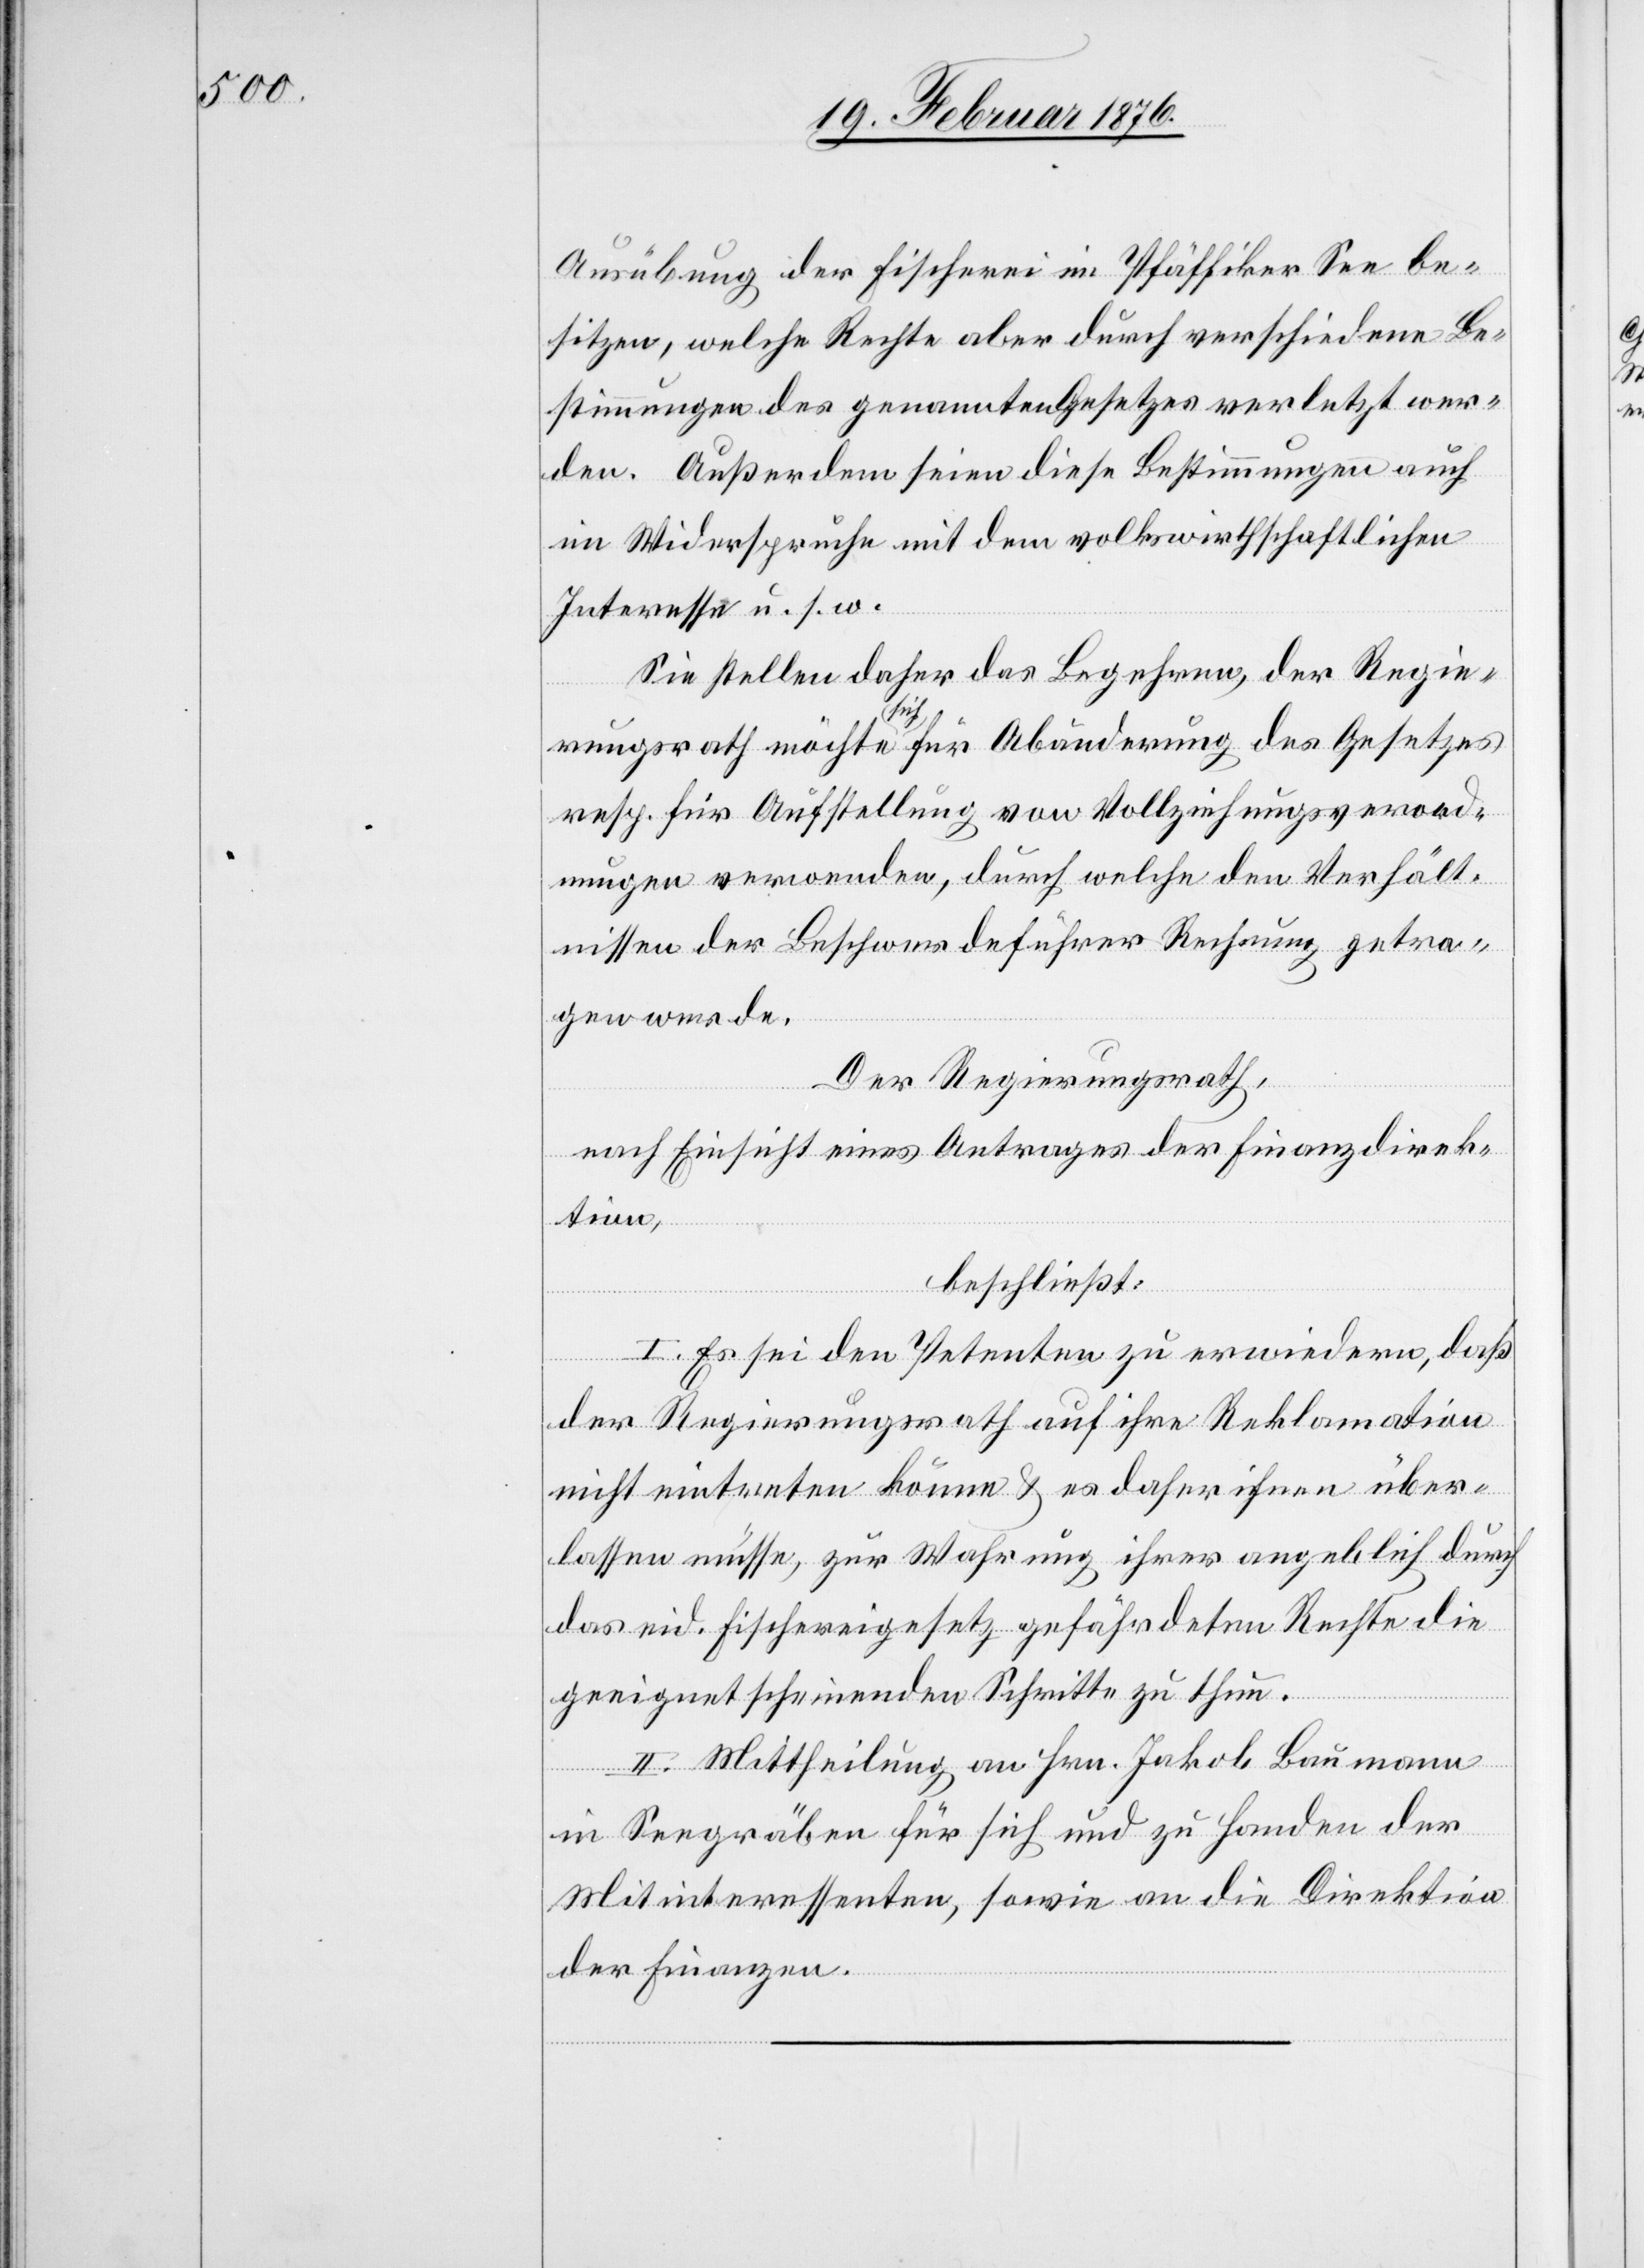
Ausübung der Fischerei im Pfäffiker See be¬
sitzen, welche Rechte aber durch verschiedene Be¬
stimmungen des gesammten Gesetzes verletzt wer¬
den. Außerdem seien diese Bestimmungen auch
im Widerspruche mit dem volkswirthschaftlichen
Interesse u. s. w.
Sie stellen daher das Begehren, der Regie¬
rungsrath möchte sich für Abänderung des Gesetzes
resp. für Aufstellung von Vollziehungsverord¬
nungen verwenden, durch welche den Verhält¬
nissen der Beschwerdeführer Rechnung getra¬
gen werde.
Der Regierungsrath,
nach Einsicht eines Antrages der Finanzdirek¬
tion,
beschließt:
I. Es sei den Petenten zu erwiedern, daß
der Regierungsrath auf ihre Reklamation
nicht eintreten könne & es daher ihnen über¬
lassen müsse, zur Wahrung ihrer angeblich durch
das eid. Fischereigesetz gefährdeten Rechte die
geeignet erscheinenden Schritte zu thun.
II. Mittheilung an Hrn. Jakob Baumann
in Seegräben für sich und zu Handen der
Mitinteressenten, sowie an die Direktion
der Finanzen.